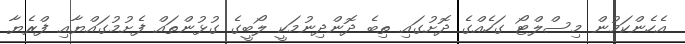
އެހެންކަމުން މިސްލްޓޯ ގަހެއްގެ ދޮށުގައި ތިބެ ދޮންދިނުމަކީ ލޯބީގެ ގުޅުންތައް ފެށުމުގައްޔާއި ފްރެޔާ